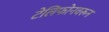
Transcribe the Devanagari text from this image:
टेलिफोनवरून